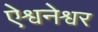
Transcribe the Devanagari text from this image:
ऐश्वनेश्वर